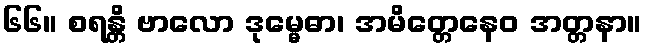
၆၆။ စရန္တိ ဗာလော ဒုမ္မေဓာ၊ အမိတ္တေနေဝ အတ္တနာ။